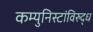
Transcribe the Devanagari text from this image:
कम्युनिस्टांविरुद्ध